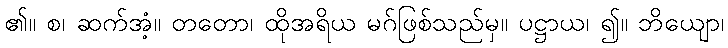
၏။ စ၊ ဆက်အံ့။ တတော၊ ထိုအရိယ မဂ်ဖြစ်သည်မှ။ ပဋ္ဌာယ၊ ၍။ ဘိယျော၊